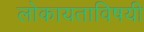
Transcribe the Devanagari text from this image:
लोकायताविषयी